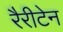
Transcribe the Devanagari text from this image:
रैरीटेन